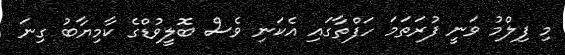
މި ފިލްމު ވަނީ ފުރަތަމަ ހަފްތާގައި އެކަނި ވެސް ބޮލީވުޑްގެ ކާމިޔާބު ގިނަ